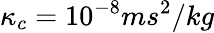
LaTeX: \kappa_{c}=10^{-8}ms^{2}/kg